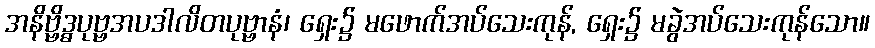
အနိဗ္ဗိဒ္ဓပုဗ္ဗအပဒါလိတပုဗ္ဗာနံ၊ ရှေး၌ မဖောက်အပ်သေးကုန်, ရှေး၌ မခွဲအပ်သေးကုန်သော။